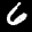
Label: 6